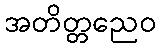
အတိတ္တညေဝ